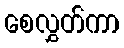
စေလွှတ်ကာ